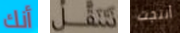
أنك نتنقل أنتجت